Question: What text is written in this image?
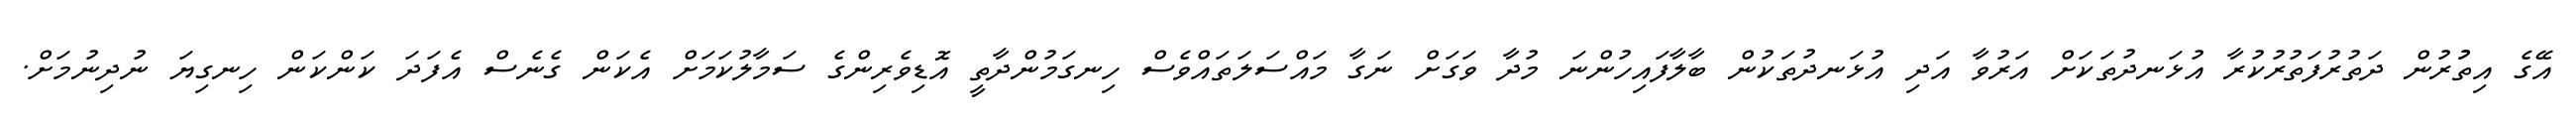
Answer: އޭގެ އިތުުރުން ދަތުރުފަތުރުކުރާ އުޅަނދުތަކަށް އަރުވާ އަދި އުޅަނދުތަކުން ބާލާފައިހުންނަ މުދާ ވަގަށް ނަގާ މައްސަލަތައްވެސް ހިނގަމުންދާތީ އޮޑިވެރިންގެ ސަމާލުކަމަށް އެކަން ގެނެސް އެފަދަ ކަންކަން ހިނގިޔަ ނުދިނުމަށް.